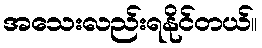
အသေးလည်းရနိုင်တယ်။